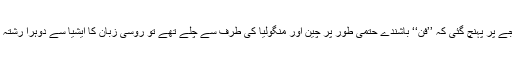
اگر تحقیق اس نتیجے پر پہنچ گئی کہ ’’فن‘‘ باشندے حتمی طور پر چین اور منگولیا کی طرف سے چلے تھے تو روسی زبان کا ایشیا سے دوہرا رشتہ ثابت ہو جائے گا۔